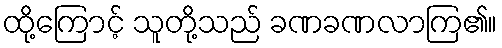
ထို့ကြောင့် သူတို့သည် ခဏခဏလာကြ၏။